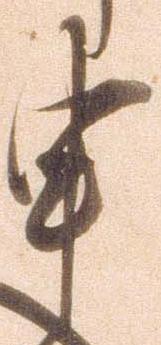
申